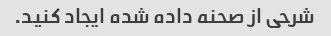
شرحی از صحنه داده شده ایجاد کنید.